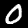
Label: 0